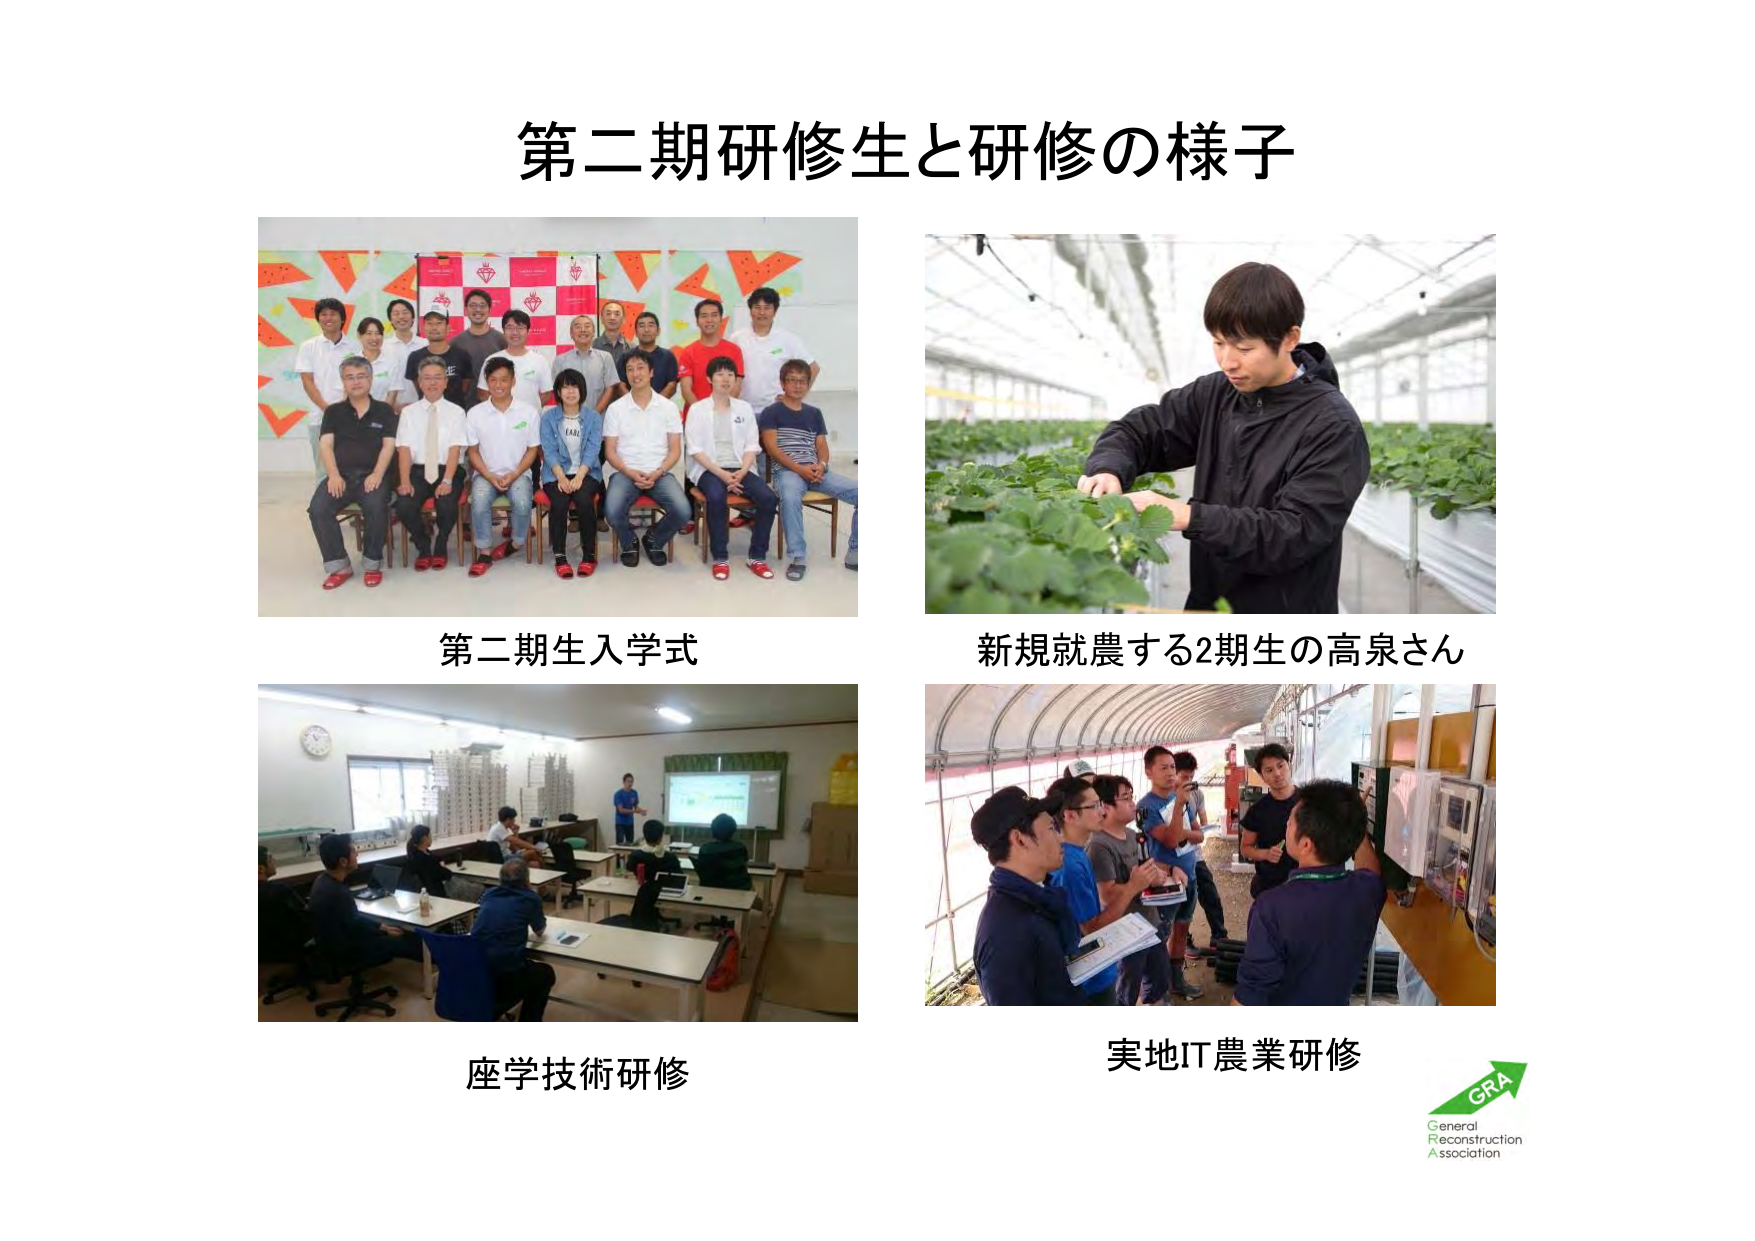
第二期研修生と研修の様子

第二期生入学式

新規就農する2期生の高泉さん

座学技術研修

実地IT農業研修

GRA
General
Reconstruction
Association